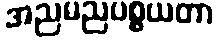
အညမညပစ္စယတာ